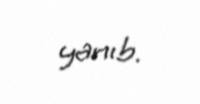
yanıb.